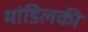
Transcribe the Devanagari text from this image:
मांडिलकी